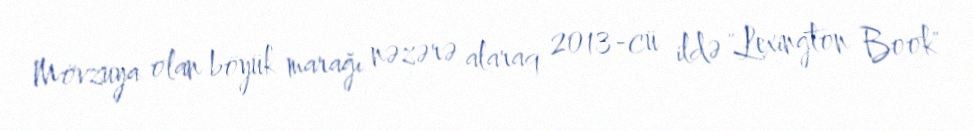
Mövzuya olan böyük marağı nəzərə alaraq 2013-cü ildə "Lexington Book"